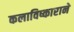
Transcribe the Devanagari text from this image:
कलाविष्काराने